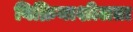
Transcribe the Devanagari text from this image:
विक्रियाशीलता